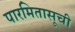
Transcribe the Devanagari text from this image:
पारमितासूची